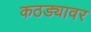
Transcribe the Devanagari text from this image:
कठड्यावर